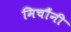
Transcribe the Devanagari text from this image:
मिचौंनी